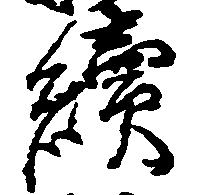
続